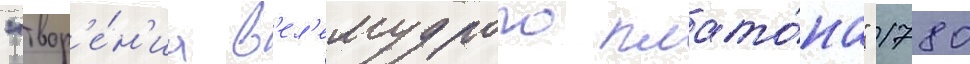
"твор'е́н'иа в'ел'емудрого плато́на" 1780